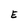
Character: E